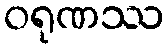
ဝရုဏဿ